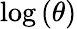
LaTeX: \log\left(\theta\right)